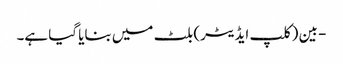
- بین (کلپ ایڈیٹر) بلٹ میں بنایا گیا ہے۔